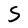
Character: S